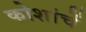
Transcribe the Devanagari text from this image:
कोशांचें